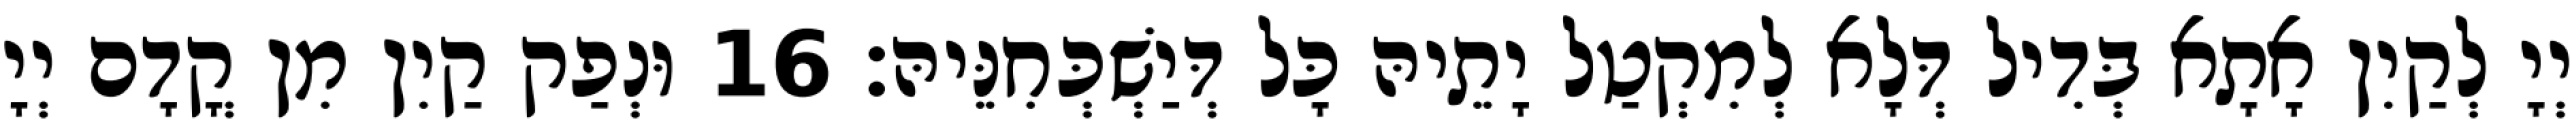
יְיָ לְקַיִן אָתָא בְּדִיל דְּלָא לְמִקְטַל יָתֵיהּ כָּל דְּיַשְׁכְּחִנֵּיהּ׃ 16 וּנְפַק קַיִן מִן קֳדָם יְיָ